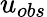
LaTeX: u_{obs}